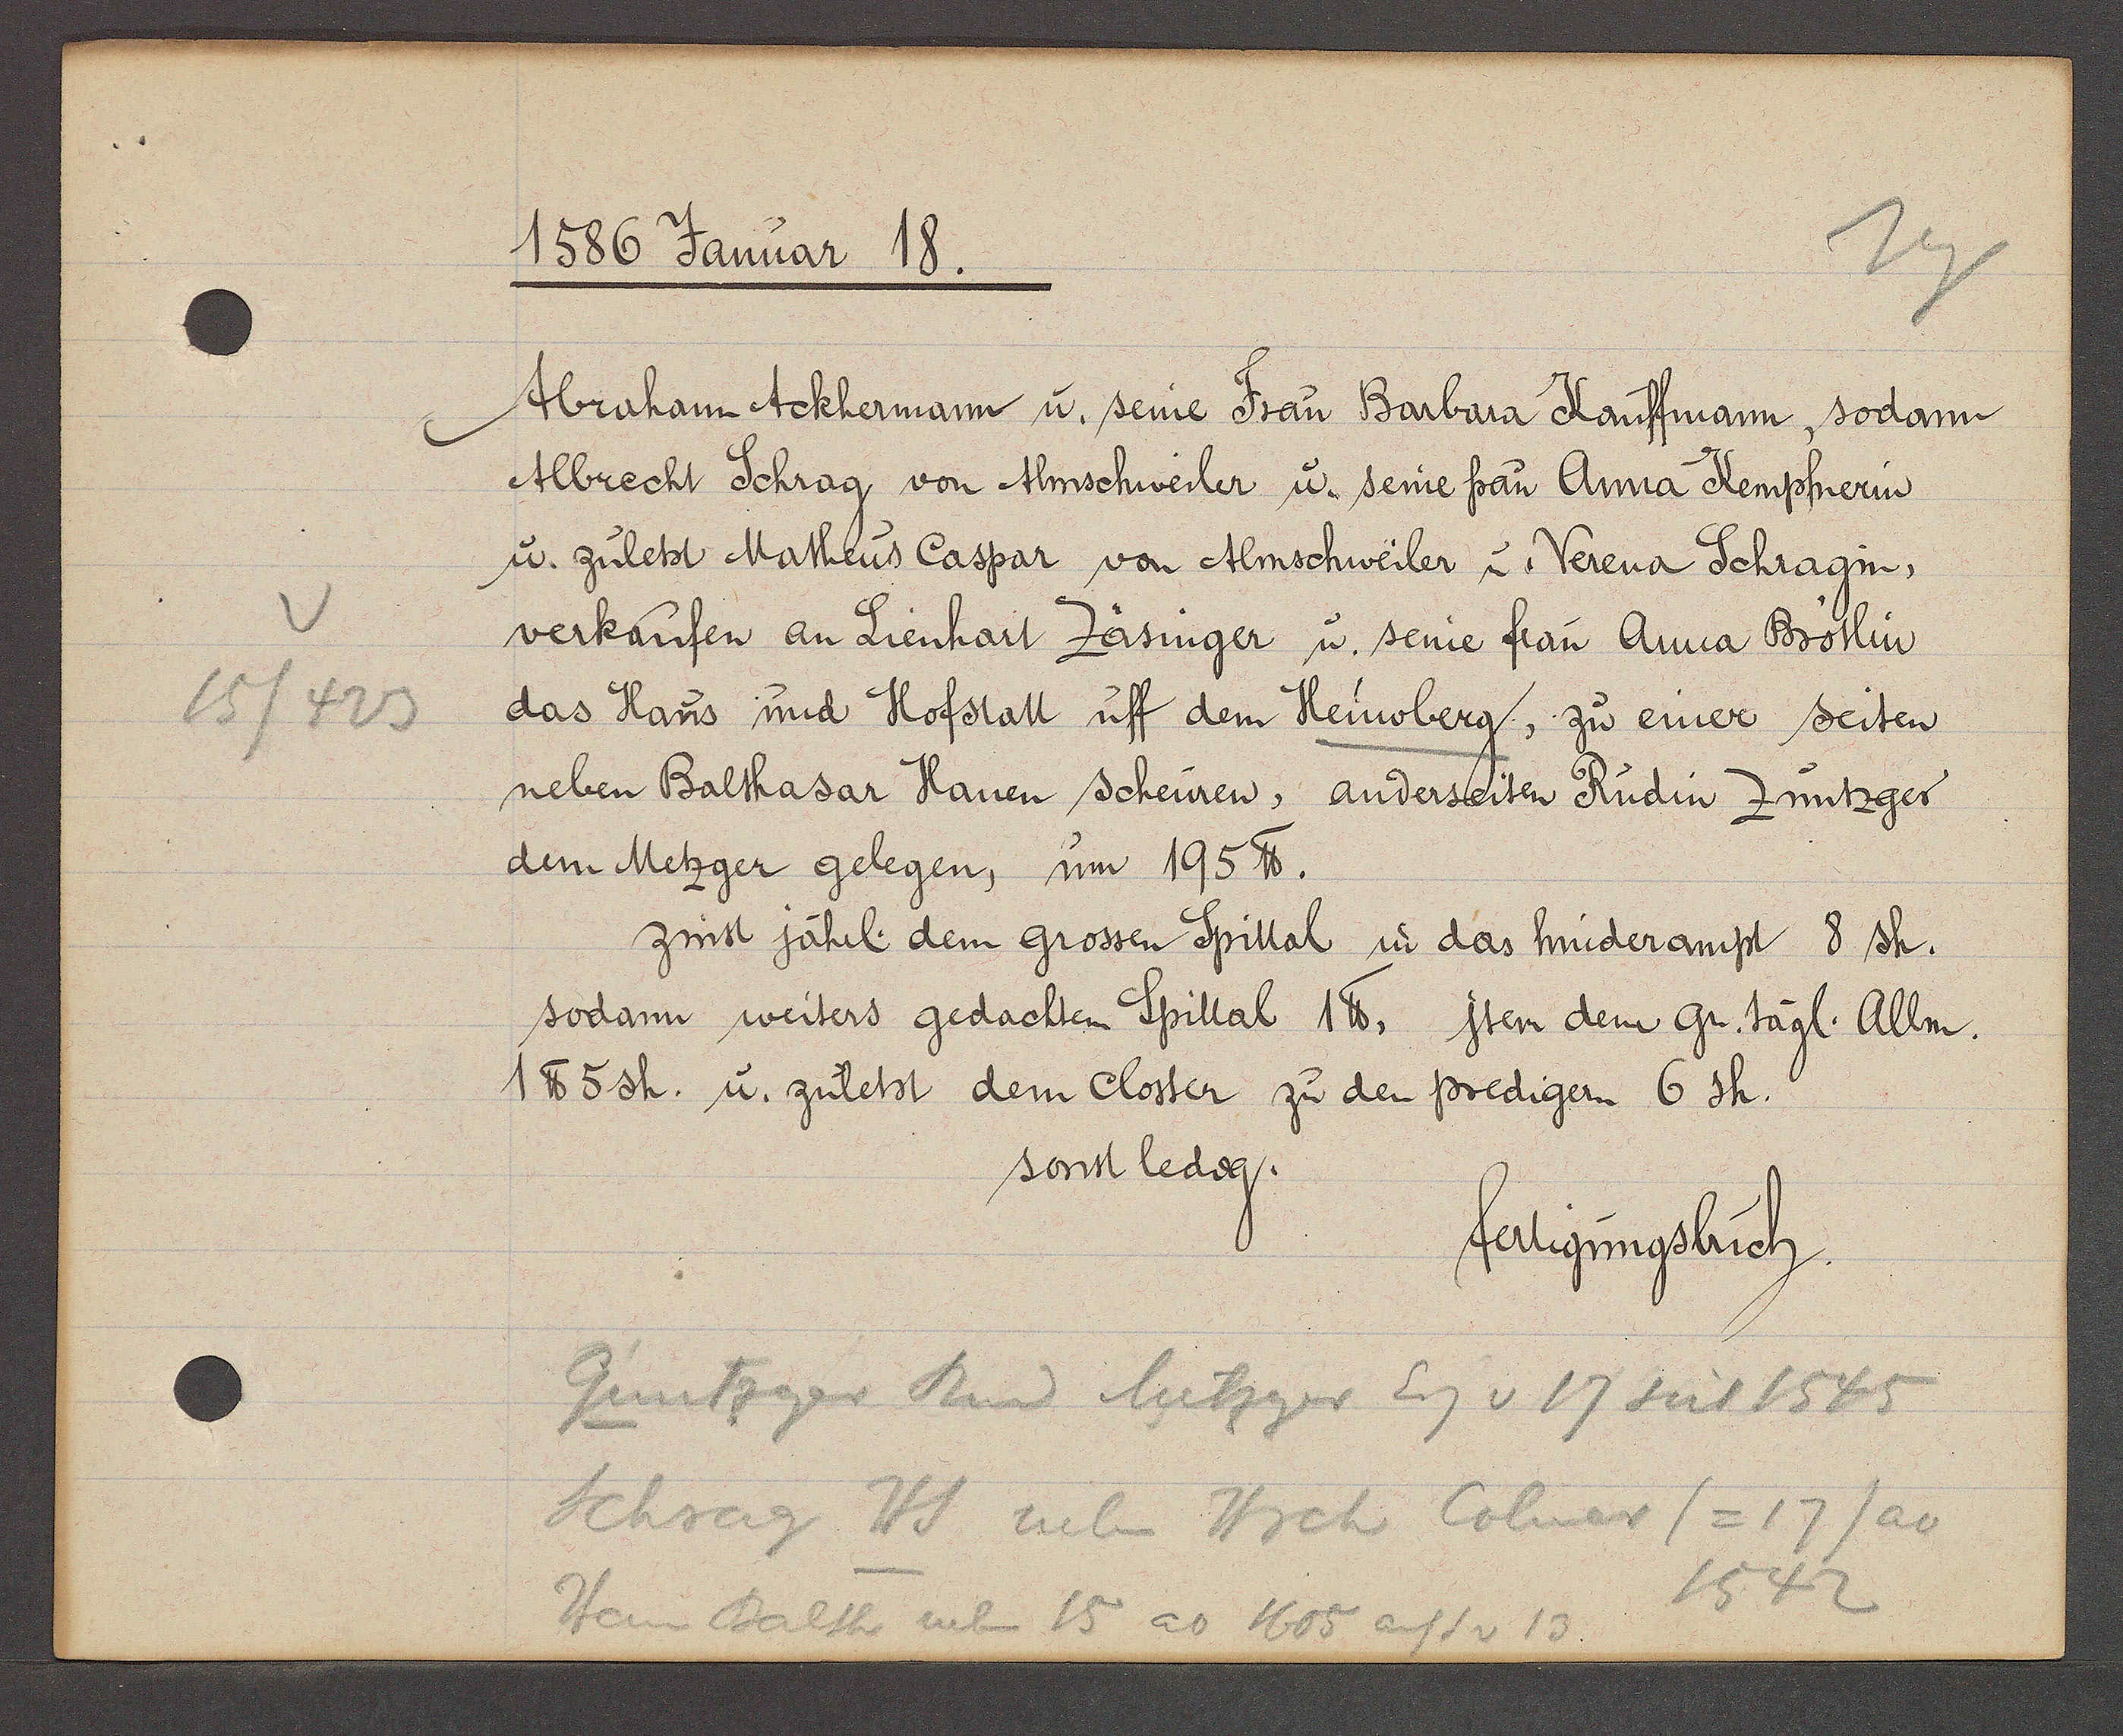
Transcript:
15/423

1586 Januar 18.

Abraham Ackhermann u. seine Frau Barbara Kauffmann, sodann
Albrecht Schrag von Ahnschweiler u. seine frau Anna Kemphnerin
u. zuletst Matheus Caspar von Almschweiler u. Verena Schragin,
verkaufen an Lienhart Zäsinger u. seine frau Anna Brötlin
das Haus und Hofstatt uff dem Heuwberg, zu einer seiten
neben Balthasar Hanen scheuren, anderseiten Rudin Zuntzger
dem Metzger gelegen, um 195 ℔.
zinst jährl. dem grossen Spittal in das hinderampt 8 sh.
sodann weiters gedachten Spittal 1℔. jtem dem gr. tägl. Allm.
1 ℔ 5 sh. u. zuletst dem Closter zu den predigern 6 sh.
sonst ledig.

fertigungsbuch.

Guntzger Rud Metzger Eig v 17 seit 1545
Schrag Hs neben Hrch Colmer (= 17/ ao
1542
Habb Balth neben 15 ao 1605 auf S v 13